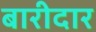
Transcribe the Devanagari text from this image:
बारीदार